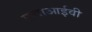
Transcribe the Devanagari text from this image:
एचाआईवी